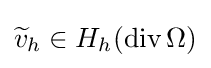
{\widetilde {v}}_{h}\in H_{h}(\operatorname {div} \Omega )